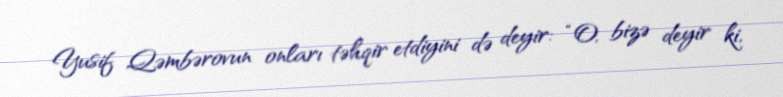
Yusif Qəmbərovun onları təhqir etdiyini də deyir: “O, bizə deyir ki,